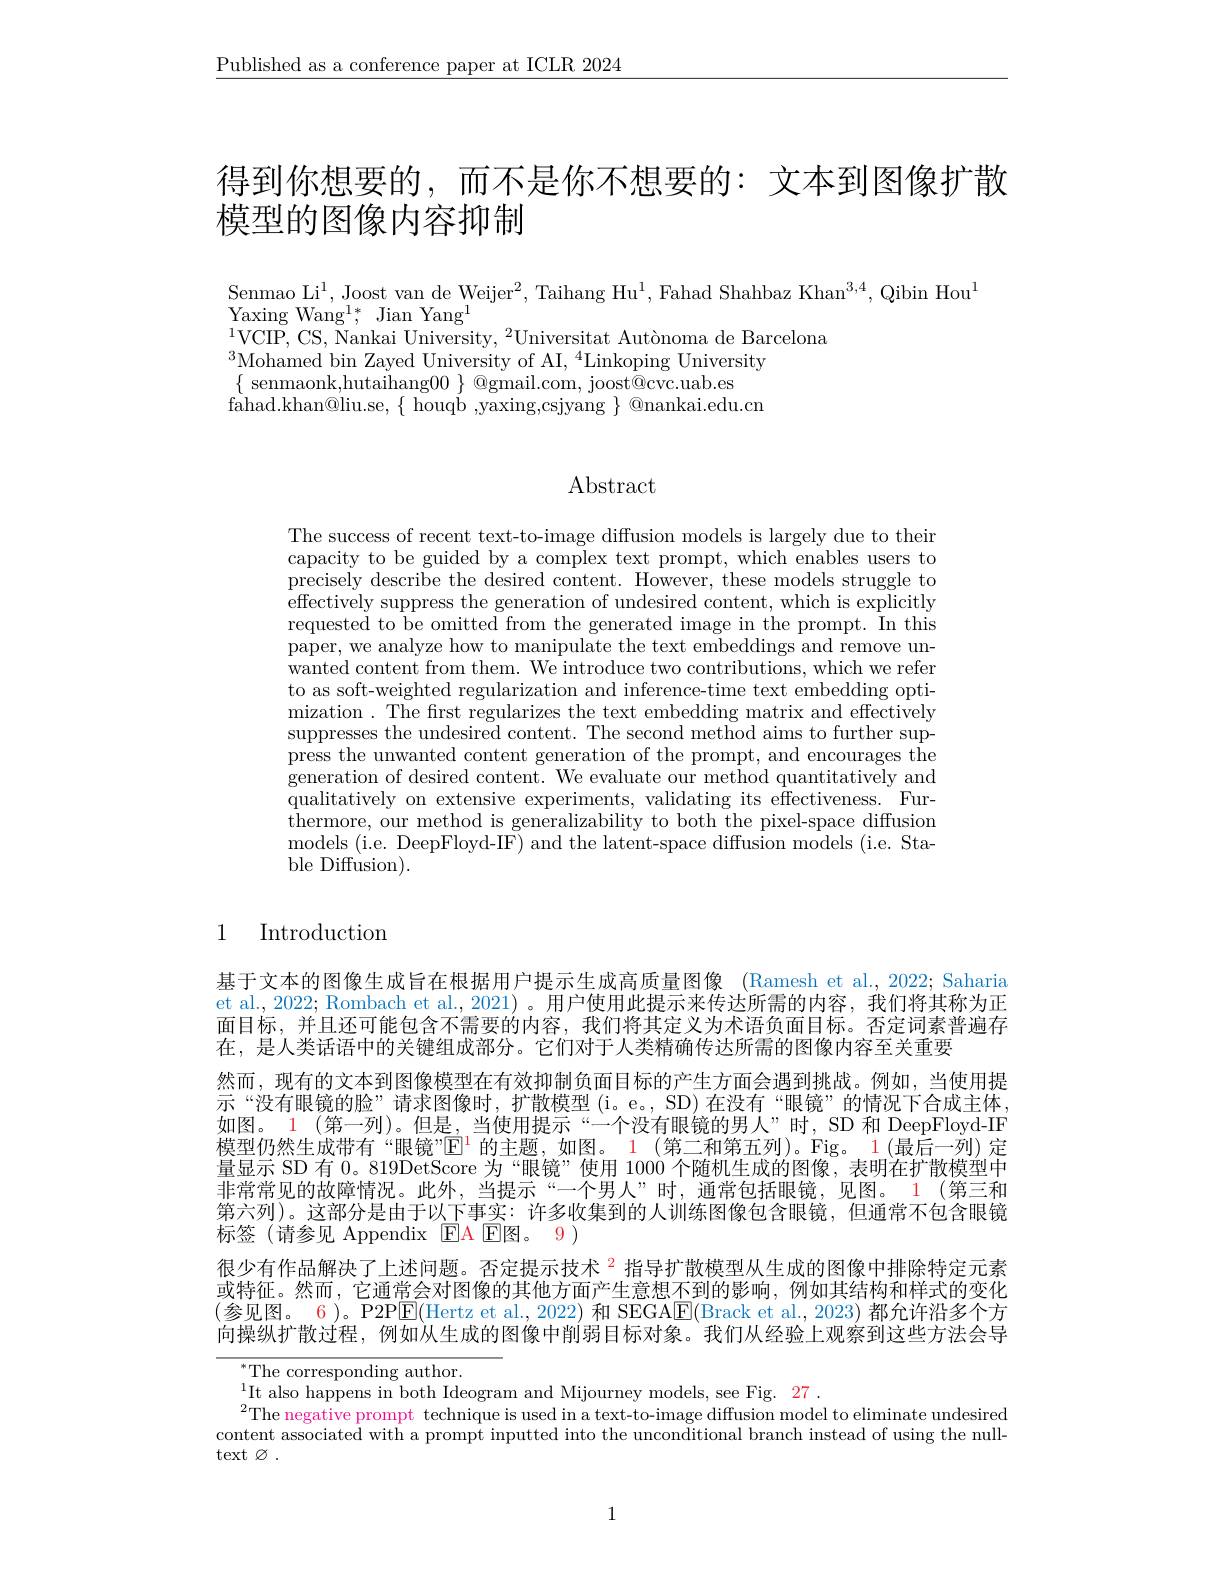
$\underline{\text{Published as a conference paper at ICLR 2024}}$

# 得到你想要的，而不是你不想要的：文本到图像扩散模型的图像内容抑制

Senmao Li$^1$, Joost van de Weijer$^2$, Taihang Hu$^1$,Fahad Shahbaz Khan$^3,4$, Qibin Hou$^1$
Yaxing Wan$g^{1* }$, Jian Yan
$^{1}$VCIP, CS, Wankai Unive

$^{3}$Mohamed bin Zayed Univ
$\{$ senmaonk,hutaihang$00\}$
fahad. khan@ liu. se, $\{$ houqb

# Abstract

The success of recent text-t capacity to be guided by a c precisely describe the desir effectively suppress the gen requested to be omitted from the generated image in the prompt. In this paper, we analyze how to man wanted content from them. We introduce two contributions, which we refer to as soft-weighted regulari mization. The first regularizes the text embedding matrix and effectively suppresses the undesired con press the unwanted content generation of the prompt, and encourages the generation of desired content. We evaluate our method quantitatively and qualitatively on extensive e ${\mathrm{thermore,~our~method~is~generalizability~to~both~the~pixel-space~diffusion}}$ models (i.e. DeepFloyd-IF) and the latent-space diffusion models (i.e. Stable Diffusion).

### 1 Introduction

基于文本的图像生成旨在根据用户提示生成高质量图像 (Ramesh et al.,2022; Saharia et al., 2022; Rombach et al., 2021) 。用户使用此提示来传达所需的内容，我们将其称为正面目标，并且还可能包含不需要的内容，我们将其定义为术语负面目标。否定词素普遍存在，是人类话语中的关键组成部分。它们对于人类精确传达所需的图像内容至关重要
然而，现有的文本到图像模型在有效抑制负面目标的产生方面会遇到挑战。例如，当使用提示“没有眼镜的脸”请求图像时，扩散模型 (i。e。, SD) 在没有“眼镜”的情况下合成主体， 如图。1 (第一列)。但是，当使用提示“一个没有眼镜的男人”时，SD 和 DeepFloyd-IF 模型仍然生成带有“眼镜”$\mathbb{E}^1$ 的主题，如图。$\color{red}1($第二和第五列)。Fig。1(最后一列)定量显示 SD 有0。819DetScore 为“眼镜”使用 1000 个随机生成的图像，表明在扩散模型中非常常见的故障情况。此外，当提示“一个男人”时，通常包括眼镜，见图。1 (第三和第六列)。这部分是由于以下事实：许多收集到的人训练图像包含眼镜，但通常不包含眼镜标签(请参见 Appendix EA E图。9 )
很少有作品解决了上述问题。否定提示技术$^{2}$指导扩散模型从生成的图像中排除特定元素或特征。然而，它通常会对图像的其他方面产生意想不到的影响，例如其结构和样式的变化(参见图。6)。P2P$\overline{\mathrm{E}}($Hertz et al., 2022) 和 SEGA$\underline{\mathrm{E}}($Brack et al., 2023) 都允许沿多个方向操纵扩散过程，例如从生成的图像中削弱目标对象。我们从经验上观察到这些方法会导

${}^{*}$The corresponding author.
$^{1}$It also happens in bot
$^2$The negative prompt technique is used in a text-to-image diffusion model to eliminate undesired content associated with a pr text $\varnothing.$

1